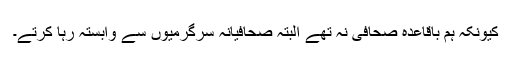
کیونکہ ہم باقاعدہ صحافی نہ تھے البتہ صحافیانہ سرگرمیوں سے وابستہ رہا کرتے۔